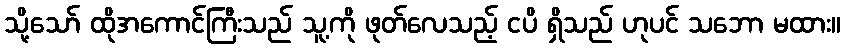
သို့သော် ထိုအကောင်ကြီးသည် သူ့ကို ဖုတ်လေသည့် ငပိ ရှိသည် ဟုပင် သဘော မထား။